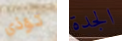
تؤذي الجدة